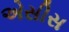
એસીસ